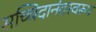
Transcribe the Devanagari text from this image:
सच्चिदानंदस्वरूप